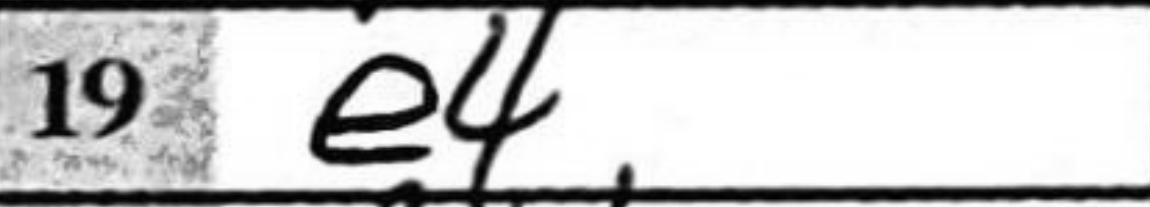
Transcription: e4